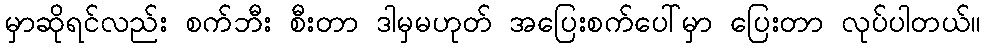
မှာဆိုရင်လည်း စက်ဘီး စီးတာ ဒါမှမဟုတ် အပြေးစက်ပေါ်မှာ ပြေးတာ လုပ်ပါတယ်။